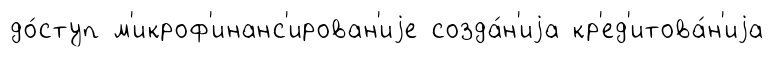
до́ступ м'икроф'инанс'ирован'иjе созда́н'иjа кр'ед'итова́н'иjа